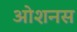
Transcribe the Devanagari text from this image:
ओशनस